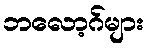
ဘလော့ဂ်များ